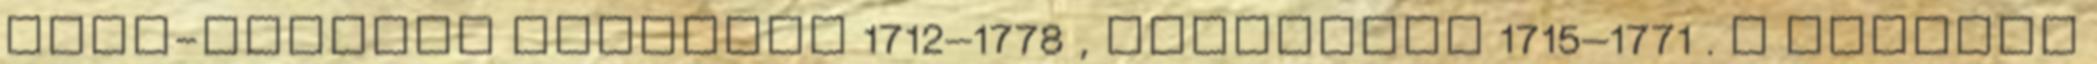
Jean-Jacques Rousseau 1712–1778 , Helvétius 1715–1771 . A francia